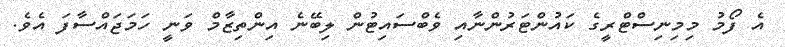
އެ ފޯމު މިމިނިސްޓްރީގެ ކައުންޓަރުންނާއި ވެބްސައިޓުން ލިބޭނެ އިންތިޒާމް ވަނީ ހަމަޖައްސާފަ އެވެ.